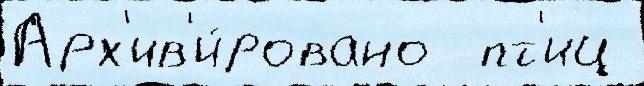
Арх'ив'и́ровано  пт'иц